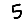
Digit: 5